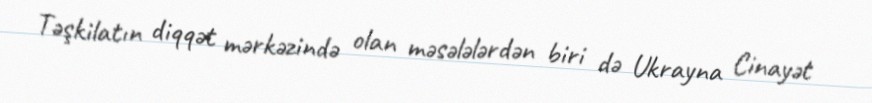
Təşkilatın diqqət mərkəzində olan məsələlərdən biri də Ukrayna Cinayət